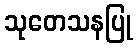
သုတေသနပြု